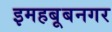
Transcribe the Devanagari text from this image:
इमहबूबनगर